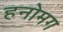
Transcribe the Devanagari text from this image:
हनोमग